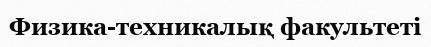
Физика-техникалық факультеті